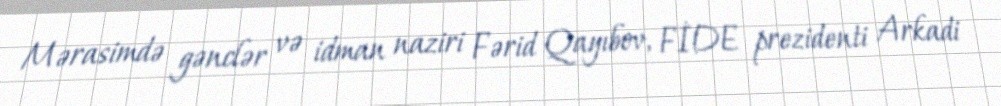
Mərasimdə gənclər və idman naziri Fərid Qayıbov, FİDE prezidenti Arkadi